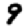
Digit: 9